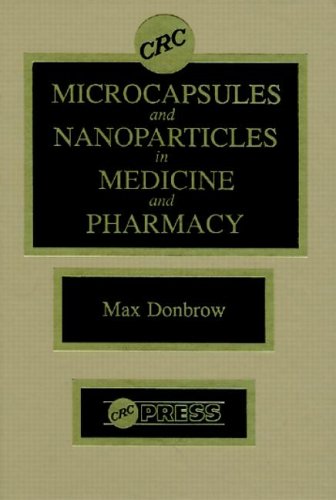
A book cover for Microcapsules and Nanoparticles in Medicine and Pharmacy; Max Donbrow; Medical Books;